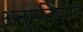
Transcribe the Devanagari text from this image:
अनुमतियोग्य